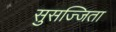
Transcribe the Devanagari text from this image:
सुसज्जिता